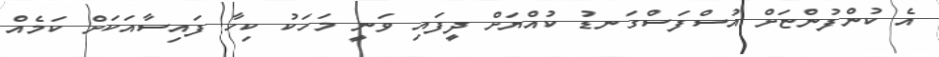
އެ ކުންފުންޏަށް އުސްފަސްގަނޑު ކުއްޔަށް ދީފައި ވަނީ މަހަކު ކިހާ ފައިސާއަކަށް ކަމެއް